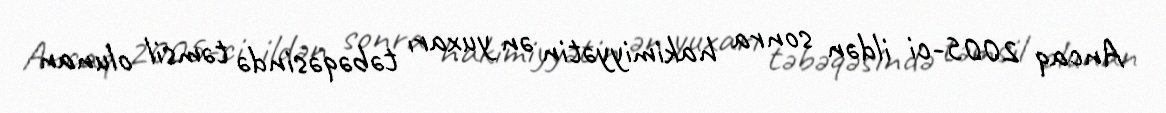
Ancaq 2005-ci ildən sonra hakimiyyətin ən yuxarı təbəqəsində təmsil olunan